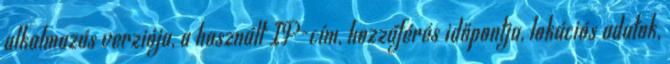
alkalmazás verziója, a használt IP-cím, hozzáférés időpontja, lokációs adatok,